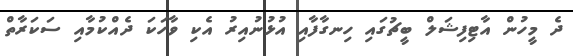
ދެ މީހުން އާޓިފިޝަލް ބީޗުގައި ހިނގާފާއި އުޅުނުއިރު އެކި ވާހަކަ ދެއްކުމާއި ސަކަރާތް